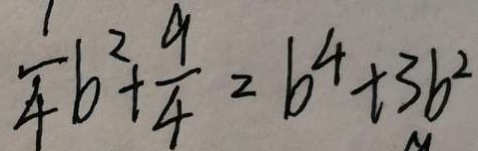
\frac { 1 } { 4 } b ^ { 2 } + \frac { 9 } { 4 } = b ^ { 4 } + 3 b ^ { 2 }